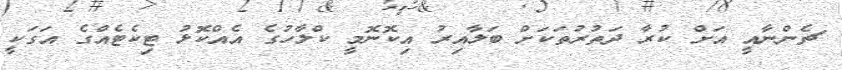
ޗެންނާއީ އަށް ކުރާ ދަތުރުތަކަށް ބަލާއިރު އިކޮނޮމީ ކްލާހުގެ އެއްކޮޅު ޓިކެޓެއްގެ އަގަކީ